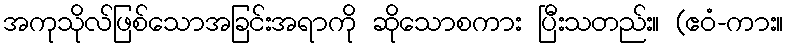
အကုသိုလ်ဖြစ်သောအခြင်းအရာကို ဆိုသောစကား ပြီးသတည်း။ (ဧဝံ-ကား။